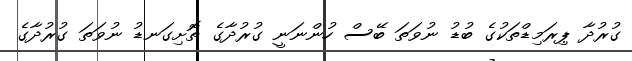
ގުރުދާ ޕިރަމިޑްތަކުގެ ބުޑު ނުވަތަ ބޭސް ހުންނަނީ ގުރުދާގެ ތޮށިގަނޑު ނުވަތަ ގުރުދާގެ